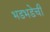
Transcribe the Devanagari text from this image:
भडभडेची